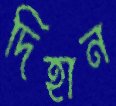
দিহান